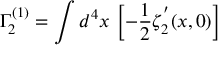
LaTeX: \Gamma _ { 2 } ^ { ( 1 ) } = \int d ^ { 4 } x \, \left[ - { \frac { 1 } { 2 } } \zeta _ { 2 } ^ { ^ { \prime } } ( x , 0 ) \right]